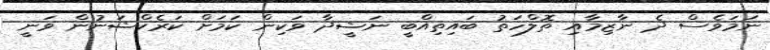
ނަމަވެސް ދެ ނާޒިމާއި ތޮލްހަތު ބައިތިއްބީ ނަޝީދާ ވަކިން ކަމަށް ކަރެކްޝަނުން ވަނީ